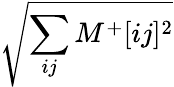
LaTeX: \sqrt{\sum_{ij}M^{+}[ij]^{2}}